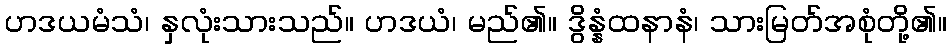
ဟဒယမံသံ၊ နှလုံးသားသည်။ ဟဒယံ၊ မည်၏။ ဒွိန္နံထနာနံ၊ သားမြတ်အစုံတို့၏။